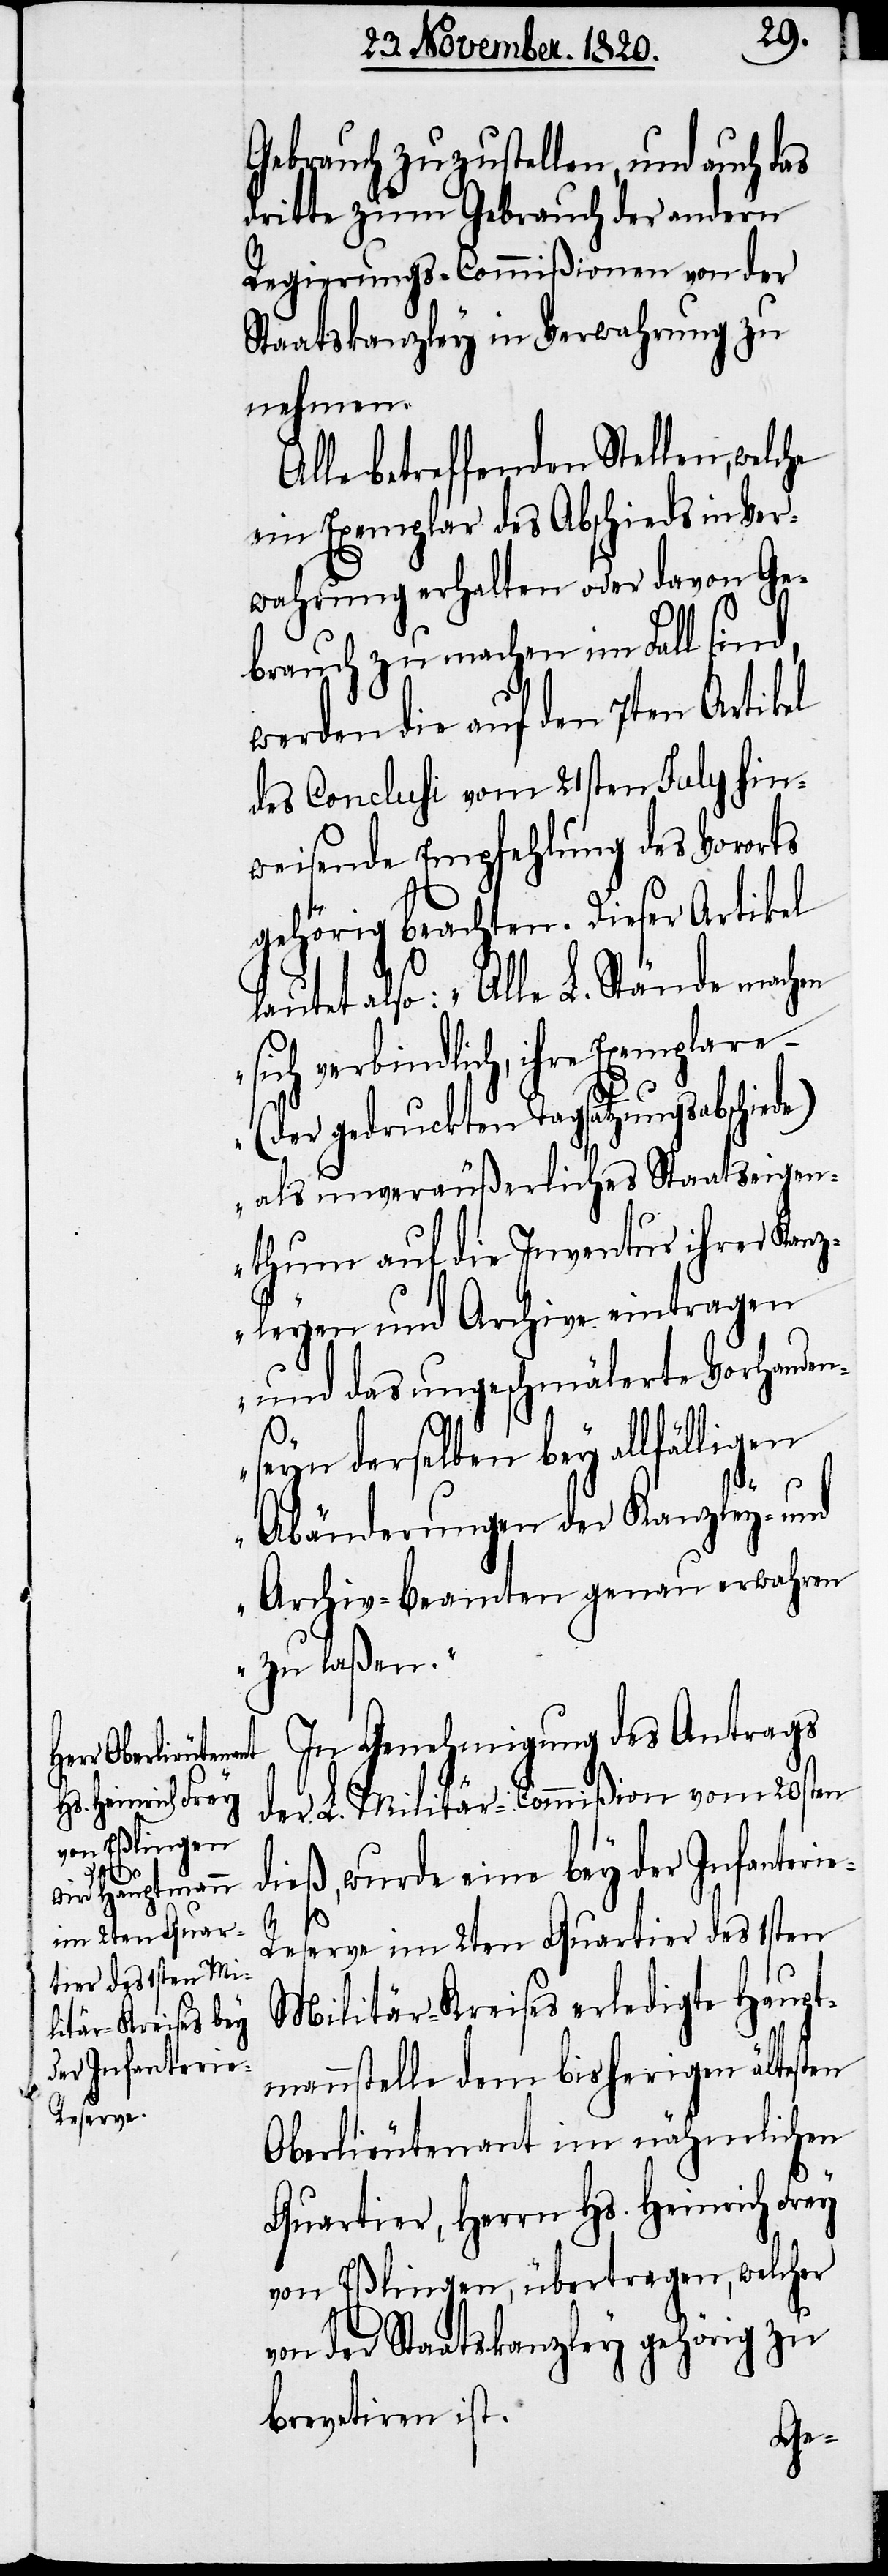
Gebrauch zuzustellen, und auch das
dritte zum Gebrauch der andern
Regierungs-Commißionen von der
Staatskanzley in Verwahrung zu
nehmen.
Alle betreffenden Stellen, welche
ein Exemplar des Abschieds in Ver¬
wahrung erhalten oder davon Ge¬
brauch zu machen im Fall sind,
werden die auf den 7ten Artikel
des Conclusi vom 21sten July hin¬
weisende Empfehlung des Vororts
gehörig beachten. Dieser Artikel
lautet also: „Alle L. Stände machen
sich verbindlich, ihre Exemplare
(der gedruckten Tagsatzungsabschiede)
als unveräußerliches Staatseigen¬
tum auf die Inventur ihrer Kanz¬
leyen und Archive eintragen
und das ungeschmälerte Vorhanden¬
seyn derselben bey allfälligen
Abänderungen der Kanzley- und
Archiv-Beamten genau erwahren
zu laßen.“
In Genehmigung des Antrags
der L. Militär-Commißion vom 20sten
dieß, wurde eine bey der Infanteri¬
e-R¬
eserve im 2ten Quartier des 1sten
Militär-Kreises erledigte Haupt¬
mannstelle dem bisherigen ältesten
Oberlieutenant im nähmlichen
Quartier, Herrn Hs. Heinrich Frey
von Eßlingen, übertragen, welcher
von der Staatskanzley gehörig zu
brevetiren ist.